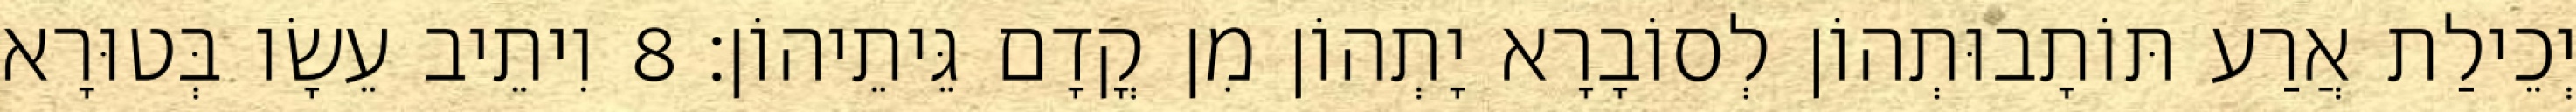
יְכֵילַת אֲרַע תּוֹתָבוּתְהוֹן לְסוֹבָרָא יָתְהוֹן מִן קֳדָם גֵּיתֵיהוֹן׃ 8 וִיתֵיב עֵשָׂו בְּטוּרָא